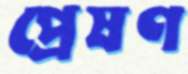
প্রেষণ